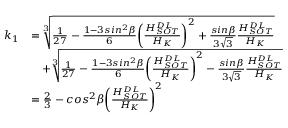
\begin{array} { l l } { k _ { 1 } } & { = \sqrt [ 3 ] { \frac { 1 } { 2 7 } - \frac { 1 - 3 s i n ^ { 2 } \beta } { 6 } { \left( \frac { H _ { S O T } ^ { D L } } { H _ { K } } \right) } ^ { 2 } + \frac { s i n \beta } { 3 \sqrt { 3 } } \frac { H _ { S O T } ^ { D L } } { H _ { K } } } } \\ & { \quad + \sqrt [ 3 ] { \frac { 1 } { 2 7 } - \frac { 1 - 3 s i n ^ { 2 } \beta } { 6 } { \left( \frac { H _ { S O T } ^ { D L } } { H _ { K } } \right) } ^ { 2 } - \frac { s i n \beta } { 3 \sqrt { 3 } } \frac { H _ { S O T } ^ { D L } } { H _ { K } } } } \\ & { = \frac { 2 } { 3 } - c o s ^ { 2 } \beta { \left( \frac { H _ { S O T } ^ { D L } } { H _ { K } } \right) } ^ { 2 } } \end{array}